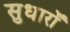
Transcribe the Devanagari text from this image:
सुधारोँ